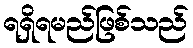
ရရှိရမည်ဖြစ်သည်